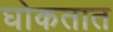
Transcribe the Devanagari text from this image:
घोकतात